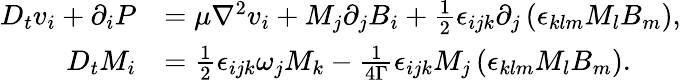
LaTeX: \begin{array}{rl}{D_{t}v_{i}+\partial_{i}P}&{=\mu\nabla^{2}v_{i}+M_{j}\partial_{j}B_{i}+\frac{1}{2}\epsilon_{ijk}\partial_{j}\left(\epsilon_{klm}M_{l}B_{m}\right),}\\ {D_{t}M_{i}}&{=\frac{1}{2}\epsilon_{ijk}\omega_{j}M_{k}-\frac{1}{4\Gamma}\epsilon_{ijk}M_{j}\left(\epsilon_{klm}M_{l}B_{m}\right).}\end{array}